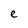
Character: e